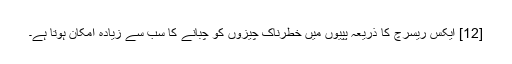
[12] ایکس ریسرچ کا ذریعہ پپیوں میں خطرناک چیزوں کو چبانے کا سب سے زیادہ امکان ہوتا ہے۔